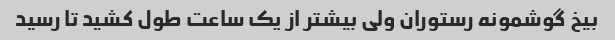
بیخ گوشمونه رستوران ولی بیشتر از یک ساعت طول کشید تا رسید